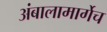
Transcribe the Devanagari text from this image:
अंबालामार्गेच